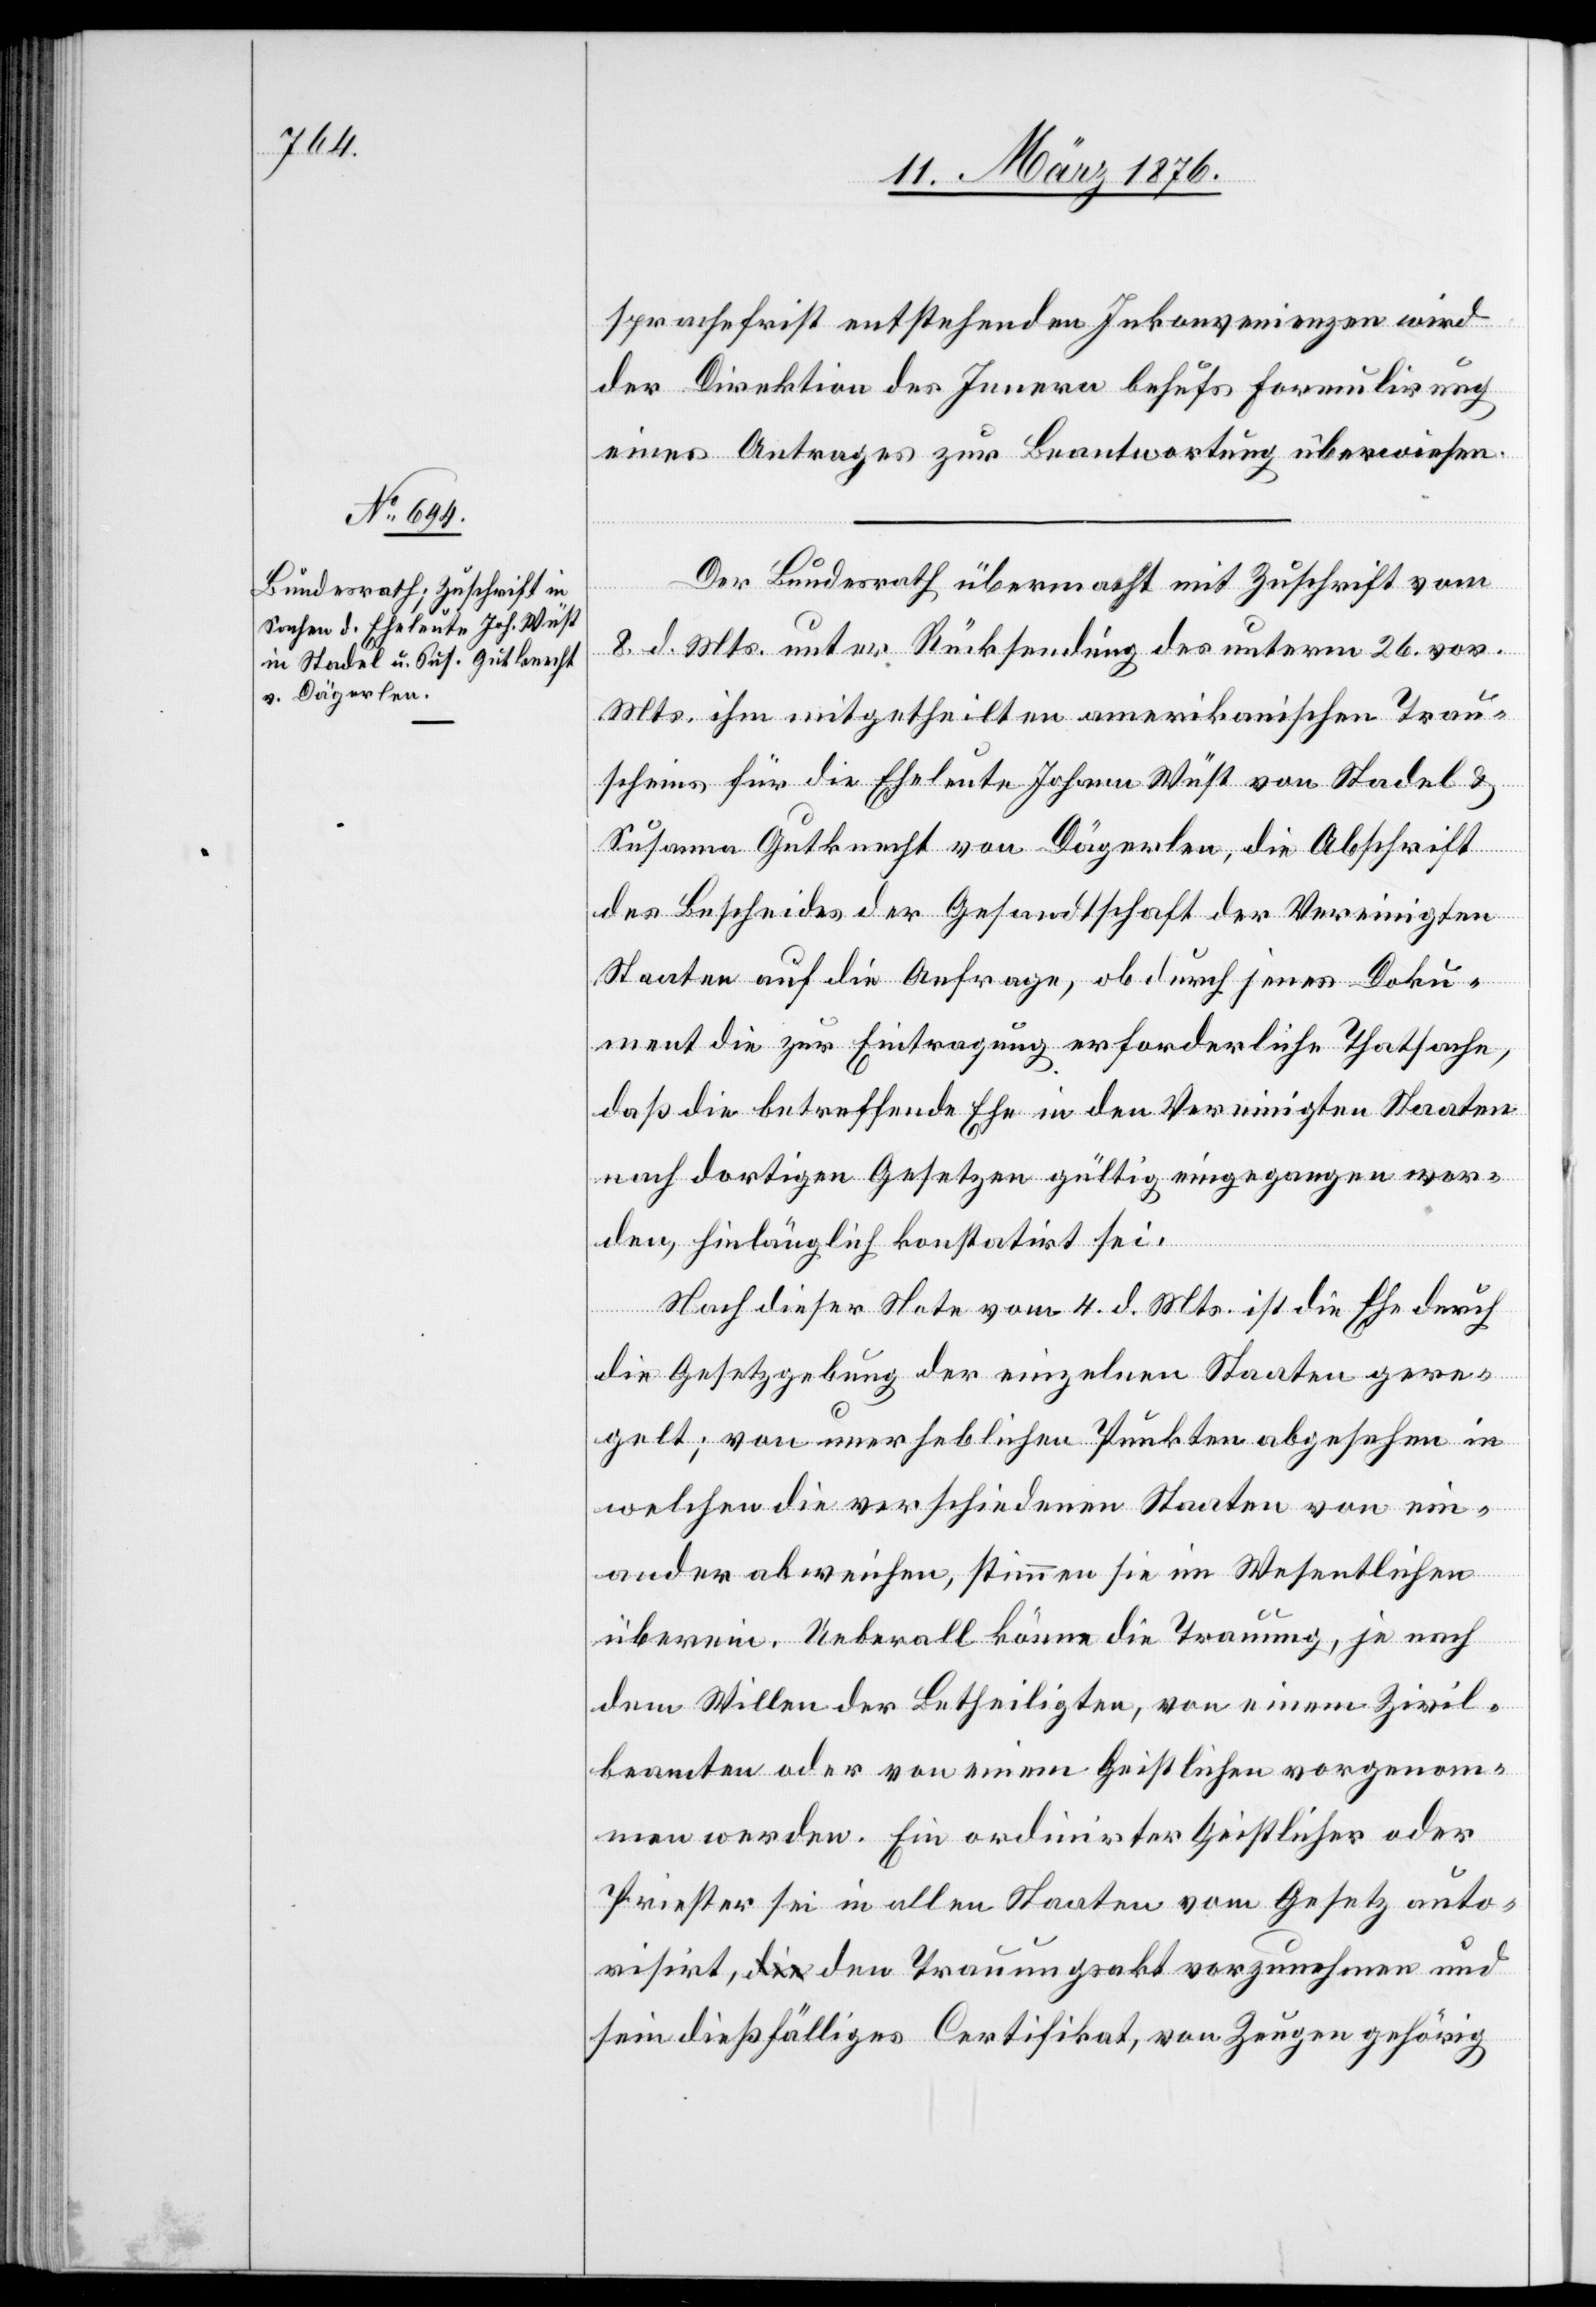
sprachenfrist entstehenden Inkonvenienzen wird
der Direktion des Innern behufs Formulierung
eines Antrages zur Beantwortung überwiesen.
Der Bundesrath übermacht mit Zuschrift vom
8. d. Mts. unter Rücksendung des unterm 26. vor.
Mts. ihm mitgetheilten amerikanischen Trau¬
scheins für die Eheleute Johann Wüst von Stadel &
Susanna Gutknecht von Dägerlen, die Abschrift
des Bescheides der Gesellschaft der Vereinigten
Staaten auf die Anfrage, ob durch jenes Doku¬
ment die zur Eintragung erforderliche Thatsache,
daß die betreffende Ehe in den Vereinigten Staaten
nach dortigen Gesetzen gültig eingegangen wor¬
den, hinlänglich konstatirt sei.
Nach dieser Note vom 4. d. Mts. ist die Ehe durch
die Gesetzgebung der einzelnen Staaten gere¬
gelt; von unerheblichen Punkten abgesehen in
welchen die verschiedenen Staaten von ein¬
ander abweichen, stimmen sie im Wesentlichen
überein. Ueberall könne die Trauung, je nach
dem Willen der Betheiligten, von einem Zivil¬
beamten oder von einem Geistlichen vorgenom¬
men werden. Ein ordinirter Geistlicher oder
Priester sei in allen Staaten vom Gesetz auto¬
risirt, den Trauungsakt vorzunehmen und
sein dießfälliges Certifikat, von Zeugen gehörig